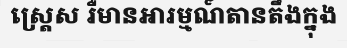
ស្ត្រេស រឺមានអារម្មណ៍តានតឹងក្នុង